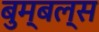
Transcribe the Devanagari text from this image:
बुम्बल्स